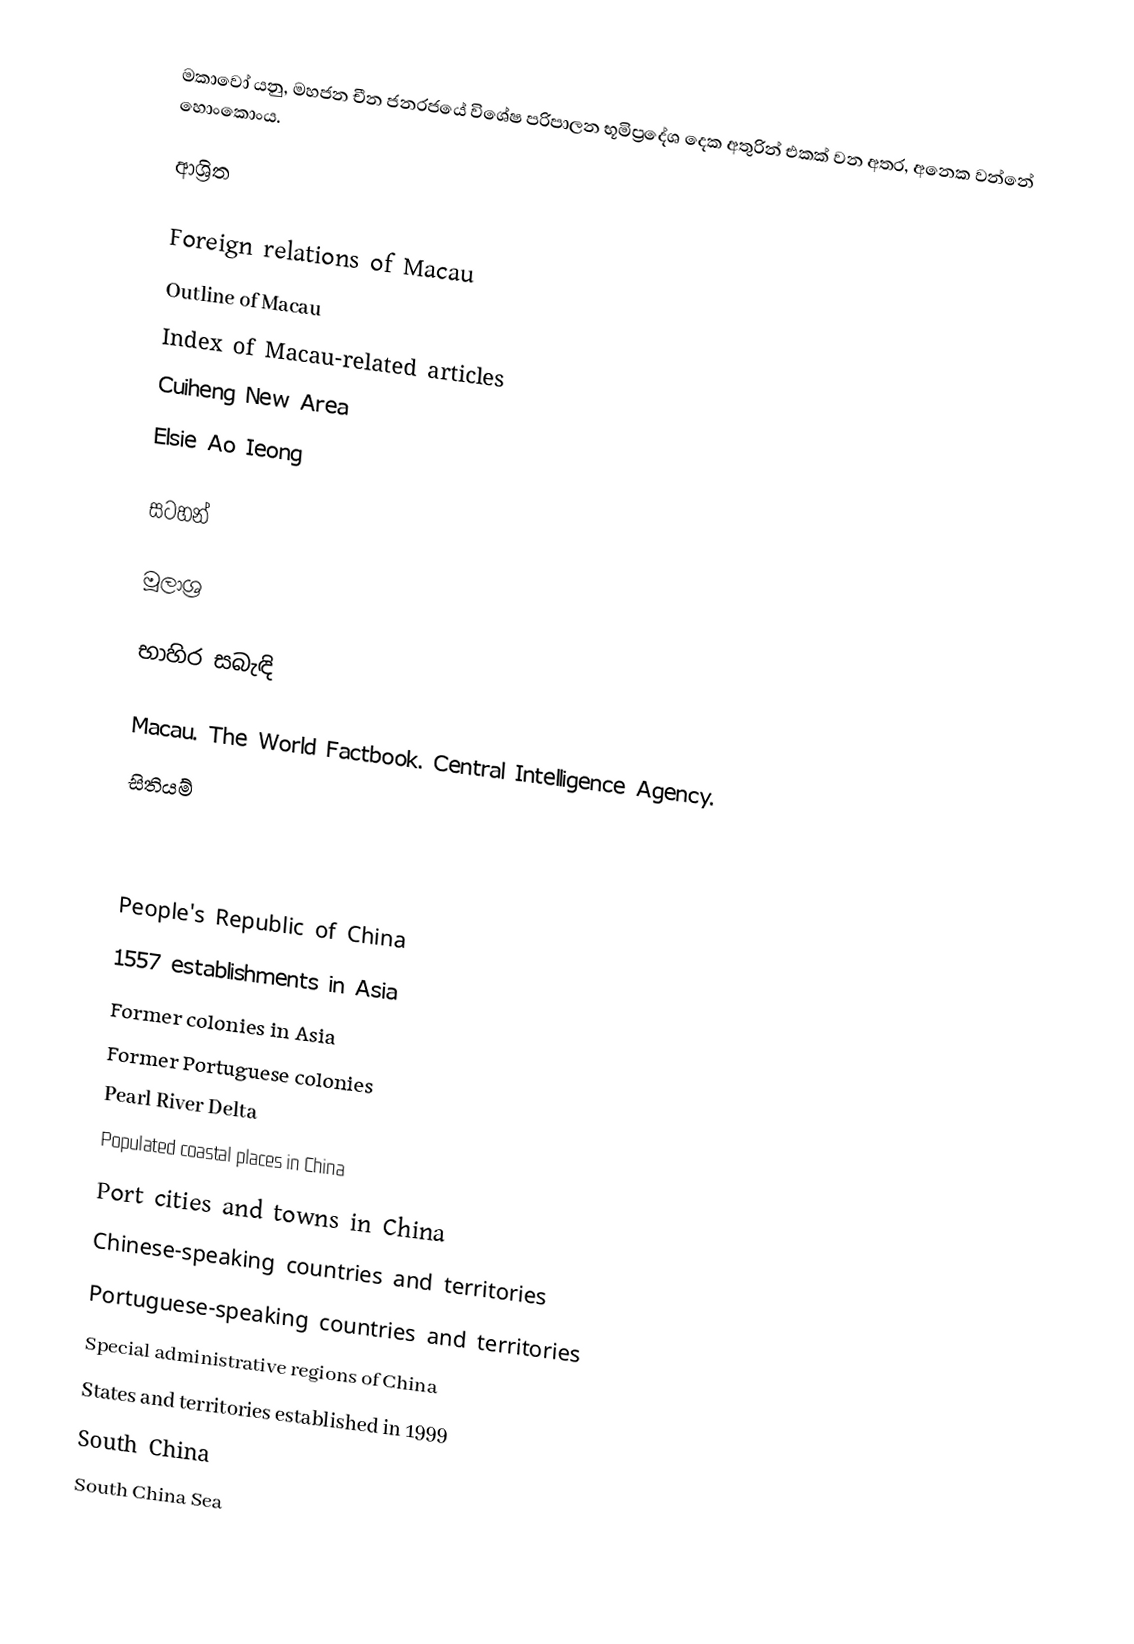
මකාවෝ යනු,  මහජන චීන ජනරජයේ විශේෂ පරිපාලන භූමිප්‍රදේශ දෙක අතුරින් එකක් වන අතර, අනෙක වන්නේ හොංකොංය.

ආශ්‍රිත

 Foreign relations of Macau
 Outline of Macau
 Index of Macau-related articles
 Cuiheng New Area
 Elsie Ao Ieong

සටහන්

මූලාශ්‍ර

භාහිර සබැඳි

 Macau. The World Factbook. Central Intelligence Agency.
 සිතියම්

People's Republic of China
1557 establishments in Asia
Former colonies in Asia
Former Portuguese colonies
Pearl River Delta
Populated coastal places in China
Port cities and towns in China
Chinese-speaking countries and territories
Portuguese-speaking countries and territories
Special administrative regions of China
States and territories established in 1999
South China
South China Sea